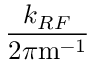
\frac { k _ { R F } } { 2 \pi \mathrm { m } ^ { - 1 } }